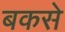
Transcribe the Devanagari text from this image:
बकसे